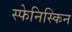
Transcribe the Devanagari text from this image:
स्फेनिस्किन